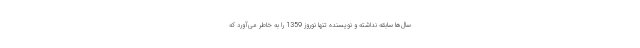
سال‌ها سابقه نداشته و نویسنده تنها نوروز 1359 را به خاطر می‌آورد که